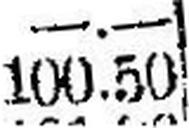
100.50